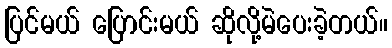
ပြင်မယ် ပြောင်းမယ် ဆိုလို့မဲပေးခဲ့တယ်။